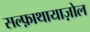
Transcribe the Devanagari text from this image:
सल्फ़ाथायाज़ोल